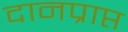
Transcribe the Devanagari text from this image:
दानप्राप्त